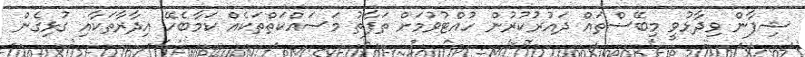
ޝިފާން ވިދާޅުވީ މިބޭސްތައް ދައުރުކުރުން ހުއްޓުވުމަށް ތަފާތު މަސައްކަތްތަކެއް ކަމާބެހޭ އިދާރާތަކާއި ގުޅިގެން